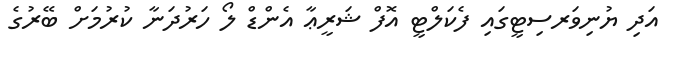
އަދި ޔުނިވަރސިޓީގައި ފެކަލްޓީ އޮފް ޝަރީޢާ އެންޑް ލޯ ހަރުދަނާ ކުރުމަށް ބޭރުގެ